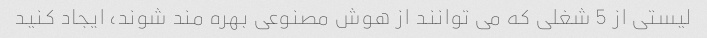
لیستی از 5 شغلی که می توانند از هوش مصنوعی بهره مند شوند، ایجاد کنید